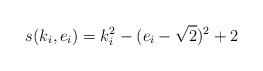
\begin{align*}s (k_i,e_i)=k_i^2 -(e_i - \sqrt{2})^2 + 2\end{align*}